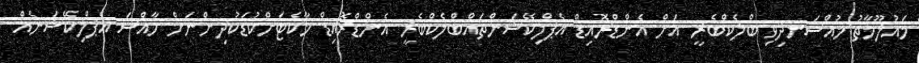
މައުލޫމާތު މުއްސަނދިވި ބްލެކްބެރީ އަށް އެންޑްރޮއިޑް އެޕްލިކޭޝަންތައްބްލެކްބެރީ އެންޑްރޮއިޑް މާކެޓަށްކުޑަކުދިންނަށް ހާއްސަ އެޕްލިކޭޝަނެއް